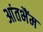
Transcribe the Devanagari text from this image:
आंतभैंम